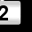
Digit: 2